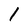
Character: 1